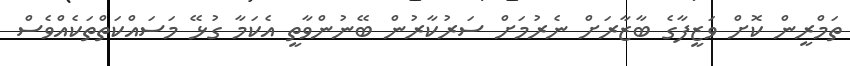
ތަމްރީން ކޮށް ވަޒީފާގެ ބާޒާރަށް ނެރުމަށް ސަރުކާރުން ބޭނުންވާތީ އެކަމާ ގުޅޭ މަސައްކަތްތަކެއްވެސް